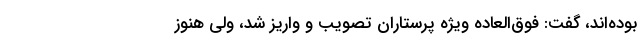
بوده‌اند، گفت: فوق‌العاده ویژه پرستاران تصویب و واریز شد، ولی هنوز